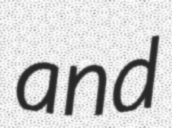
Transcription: and